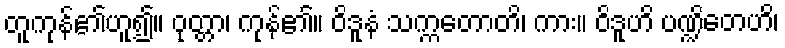
တူကုန်၏ဟူ၍။ ဝုတ္တာ၊ ကုန်၏။ ဝိဒူနံ သက္ကတောတိ၊ ကား။ ဝိဒူဟိ ပဏ္ဍိတေဟိ၊